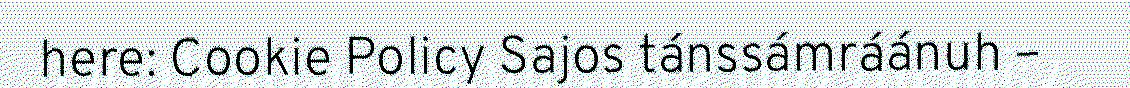
here: Cookie Policy Sajos tánssámráánuh –